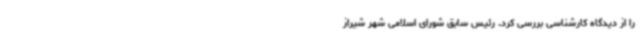
را از دیدگاه کارشناسی بررسی کرد. رئیس سابق شورای اسلامی شهر شیراز